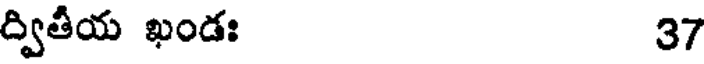
ద్వితీయ ఖండః 37